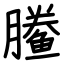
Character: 䲢